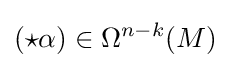
({\star }\alpha )\in \Omega ^{n-k}(M)